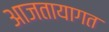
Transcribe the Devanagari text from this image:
आजतायागत